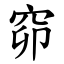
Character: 窌